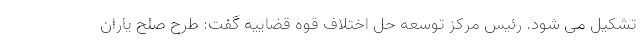
تشکیل می شود. رئیس مرکز توسعه حل اختلاف قوه قضاییه گفت: طرح صلح یاران